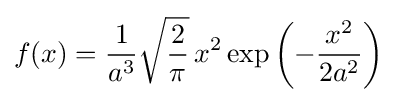
f(x)={\frac {1}{a^{3}}}{\sqrt {\frac {2}{\pi }}}\,x^{2}\exp \left(-{\frac {x^{2}}{2a^{2}}}\right)